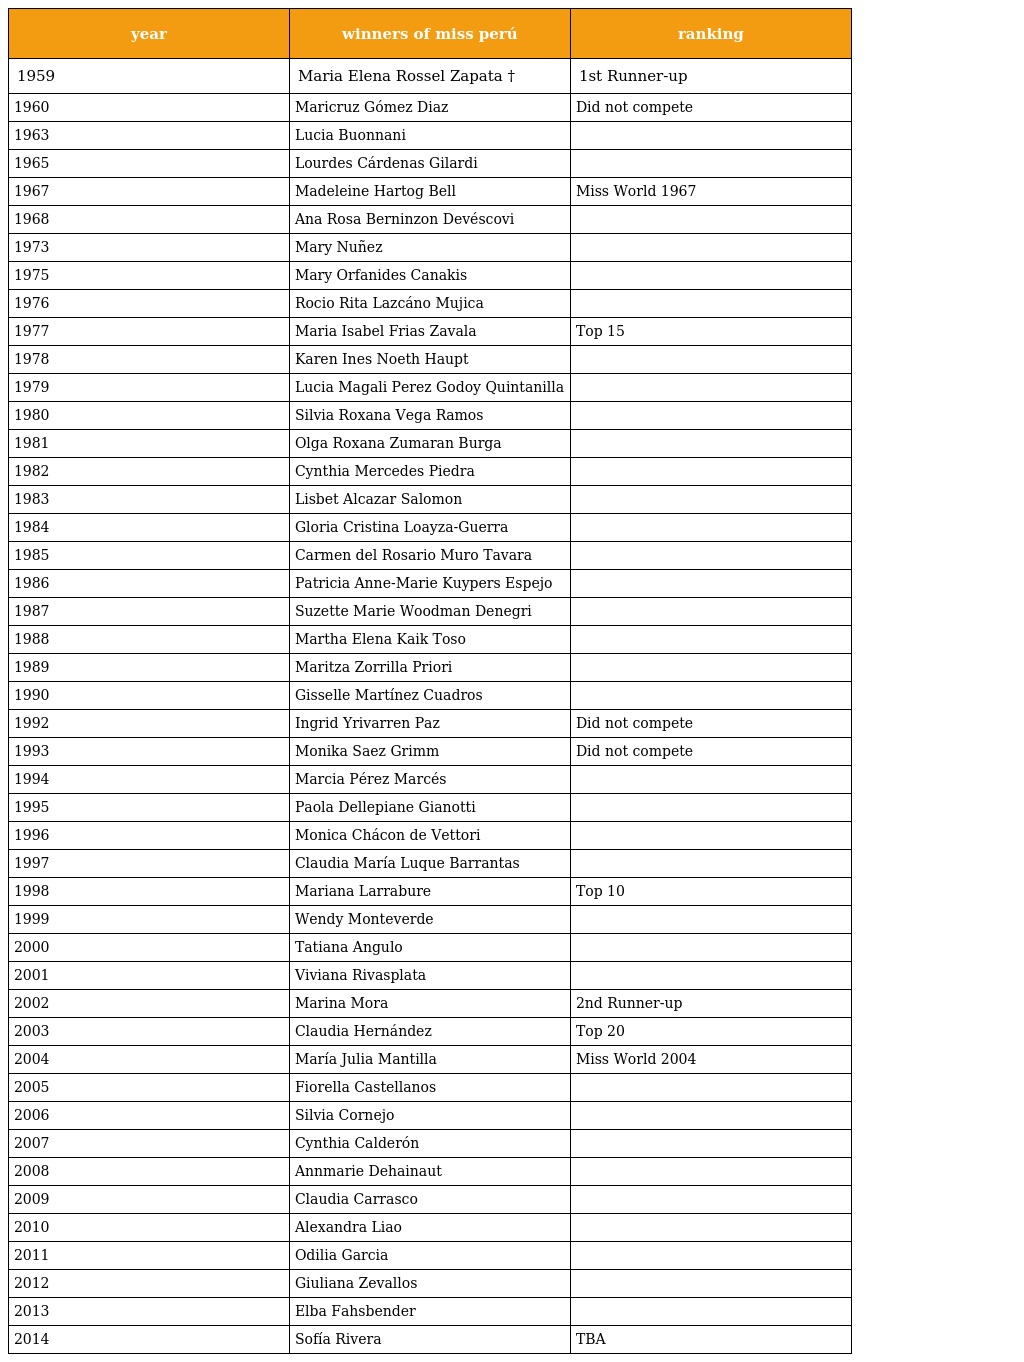
| year | winners of miss perú | ranking |
 | --- | --- | --- |
 | 1959 | Maria Elena Rossel Zapata † | 1st Runner-up |
 | 1960 | Maricruz Gómez Diaz | Did not compete |
 | 1963 | Lucia Buonnani |  |
 | 1965 | Lourdes Cárdenas Gilardi |  |
 | 1967 | Madeleine Hartog Bell | Miss World 1967 |
 | 1968 | Ana Rosa Berninzon Devéscovi |  |
 | 1973 | Mary Nuñez |  |
 | 1975 | Mary Orfanides Canakis |  |
 | 1976 | Rocio Rita Lazcáno Mujica |  |
 | 1977 | Maria Isabel Frias Zavala | Top 15 |
 | 1978 | Karen Ines Noeth Haupt |  |
 | 1979 | Lucia Magali Perez Godoy Quintanilla |  |
 | 1980 | Silvia Roxana Vega Ramos |  |
 | 1981 | Olga Roxana Zumaran Burga |  |
 | 1982 | Cynthia Mercedes Piedra |  |
 | 1983 | Lisbet Alcazar Salomon |  |
 | 1984 | Gloria Cristina Loayza-Guerra |  |
 | 1985 | Carmen del Rosario Muro Tavara |  |
 | 1986 | Patricia Anne-Marie Kuypers Espejo |  |
 | 1987 | Suzette Marie Woodman Denegri |  |
 | 1988 | Martha Elena Kaik Toso |  |
 | 1989 | Maritza Zorrilla Priori |  |
 | 1990 | Gisselle Martínez Cuadros |  |
 | 1992 | Ingrid Yrivarren Paz | Did not compete |
 | 1993 | Monika Saez Grimm | Did not compete |
 | 1994 | Marcia Pérez Marcés |  |
 | 1995 | Paola Dellepiane Gianotti |  |
 | 1996 | Monica Chácon de Vettori |  |
 | 1997 | Claudia María Luque Barrantas |  |
 | 1998 | Mariana Larrabure | Top 10 |
 | 1999 | Wendy Monteverde |  |
 | 2000 | Tatiana Angulo |  |
 | 2001 | Viviana Rivasplata |  |
 | 2002 | Marina Mora | 2nd Runner-up |
 | 2003 | Claudia Hernández | Top 20 |
 | 2004 | María Julia Mantilla | Miss World 2004 |
 | 2005 | Fiorella Castellanos |  |
 | 2006 | Silvia Cornejo |  |
 | 2007 | Cynthia Calderón |  |
 | 2008 | Annmarie Dehainaut |  |
 | 2009 | Claudia Carrasco |  |
 | 2010 | Alexandra Liao |  |
 | 2011 | Odilia Garcia |  |
 | 2012 | Giuliana Zevallos |  |
 | 2013 | Elba Fahsbender |  |
 | 2014 | Sofía Rivera | TBA |